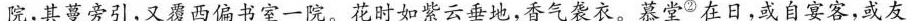
院，其蔓旁引，又覆西偏书室一院。$$\underline{花时如紫云垂地，香气袭衣。}$$慕堂$$^{②}$$在日，或自宴客，或友